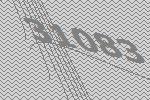
31083